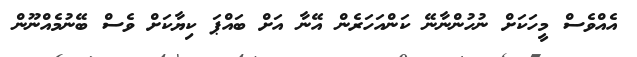
އެއްވެސް މީހަކަށް ނުހުންނާނޭ ކަންއަހަރެން އޭނާ އަށް ބައްޕަ ކިޔާކަށް ވެސް ބޭނުމެއްނޫން